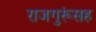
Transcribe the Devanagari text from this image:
राजगुरूंसह